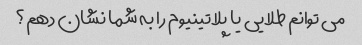
می توانم طلایی یا پلاتینیوم را به شما نشان دهم؟